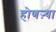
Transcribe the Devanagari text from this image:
होणऱ्या